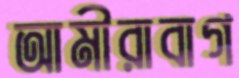
আমীরাবাগ